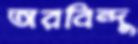
অরবিন্দু